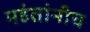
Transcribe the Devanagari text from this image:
महंतांनीच